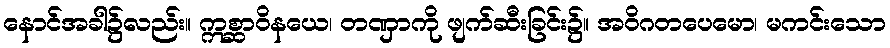
နောင်အခါ၌လည်း။ ဣစ္ဆာဝိနယေ၊ တဏှာကို ဖျက်ဆီးခြင်း၌။ အဝိဂတပေမော၊ မကင်းသော